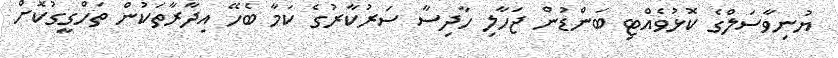
ޔުނިވާސަލްގެ ކޮޅުވެއްޓި ބަންޑުން ޖަހާލި ހާދިސާ ސަރުކާރުގެ ކަމާ ބެހޭ އިދާރާތަކުން ތަހްގީގުކޮށް